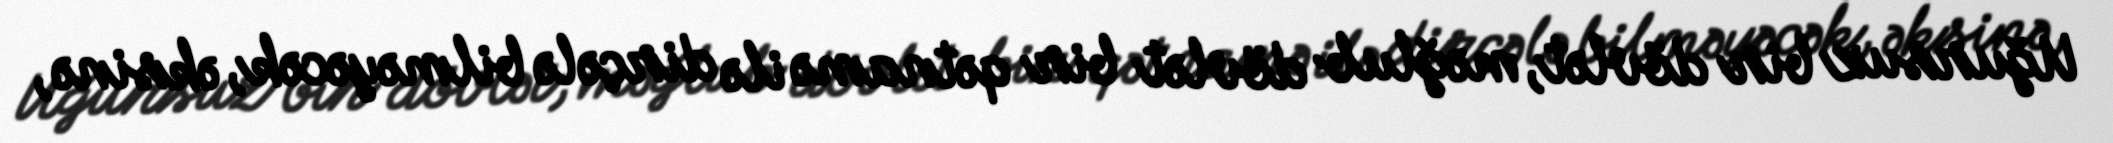
Uğursuz bir dövlət, məğlub dövlət bir qətnamə ilə dirçələ bilməyəcək, əksinə,